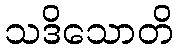
သဒိသောတိ